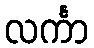
လင်္ကာ